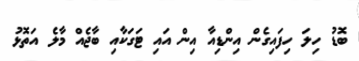
ބޮޑު ހިލަ ހިފައިގެން އިންޑިއާ އިން އައި ޓަގަކާއި ބާޖެއް މާލެ އަތޮޅު